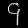
Digit: ၄